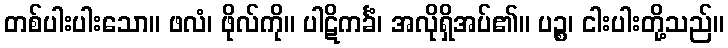
တစ်ပါးပါးသော။ ဖလံ၊ ဖိုလ်ကို။ ပါဋိကင်္ခံ၊ အလိုရှိအပ်၏။ ပဉ္စ၊ ငါးပါးတို့သည်။